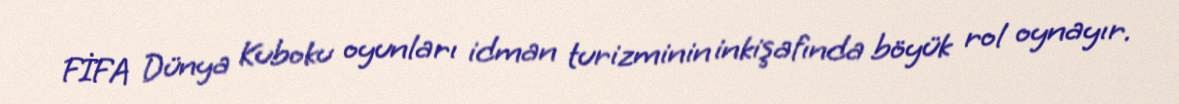
FİFA Dünya Kuboku oyunları idman turizminin inkişafında böyük rol oynayır.